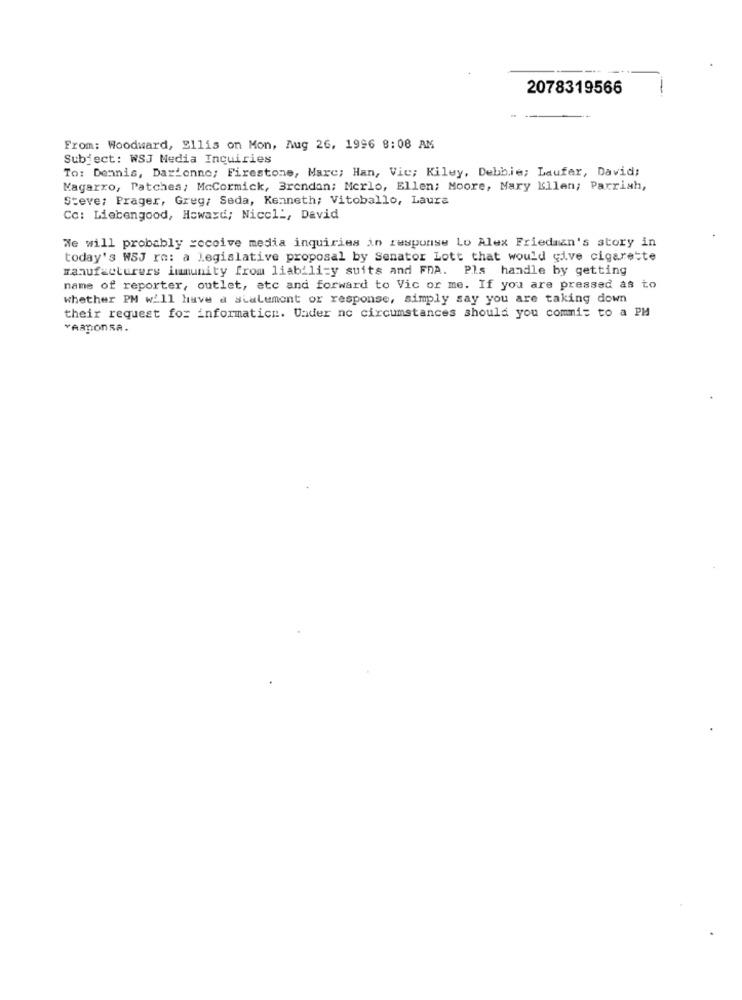
2078319566
-
From: Woodward, Ellis on Mon, Aug 26, 1996 8:08 AM
Subject: WSJ Media Inquiries
To: Dennis, Darionno; Firestone, Mare; Han, Vie; Kiley, Debbie; Laufer, David;
Kagarro, Patches; McCormick, Brendan; Merlo, Ellen; Moore, Mary Ellen; Parrish,
Steve: Prager, Greg; Seda, Kenneth; Vitoballo, Laura
Cc: Liebengood, Howard; Nicel :, David
We will probably receive media inquiries in response Lo Alex Friedman's story in
today's WSJ re: a legislative proposal by Senator Lott that would give cigarette
manufacturers immunity from liability suits and FRA. Pls handle by getting
name of reporter, outlet, etc and forward to Vic or me. If you are pressed as to
whether PM will have a sialemont or response, simply say you are taking down
their request for information. Under no circumstances should you commit to a PM
-Aanonsa.